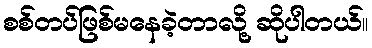
စစ်တပ်ဖြစ်မနေခဲ့တာလို့ ဆိုပါတယ်။